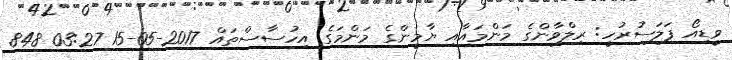
ވީޑިއޯ ފަލަސުރުހީ: ރިލްވާންގެ މަންމައާއި ޔާމީންގެ މަންމަގެ އިހުސާސްތައް 2017-05-15 03:27 848